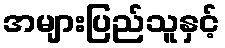
အများပြည်သူနှင့်